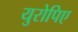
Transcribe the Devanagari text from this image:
युरोपिए